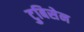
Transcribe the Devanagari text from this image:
टुबिसेन